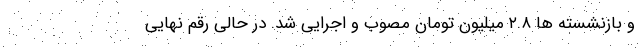
و بازنشسته ها ۲.۸ میلیون تومان مصوب و اجرایی شد. در حالی رقم نهایی